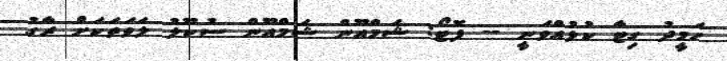
ހަމީދު ގިޓާ ކުޅުއްވަނީ -- ފޮޓޯ: ޝަމްއޫން ޝަމްއޫން ސުކޫލު ލަވަތަކަށް ރާގު